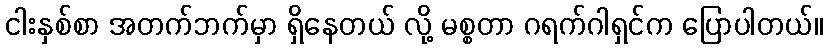
ငါးနှစ်စာ အတက်ဘက်မှာ ရှိနေတယ် လို့ မစ္စတာ ဂရက်ဂါရှင်က ပြောပါတယ်။